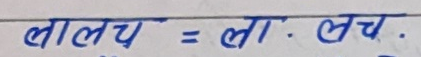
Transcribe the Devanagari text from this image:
लालच = ला. लच.